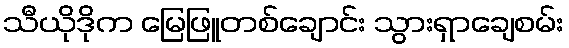
သီယိုဒိုက မြေဖြူတစ်ချောင်း သွားရှာချေစမ်း